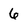
Character: 6